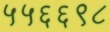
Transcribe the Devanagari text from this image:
५५६६९८